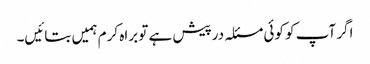
اگر آپ کو کوئی مسئلہ درپیش ہے تو براہ کرم ہمیں بتائیں۔